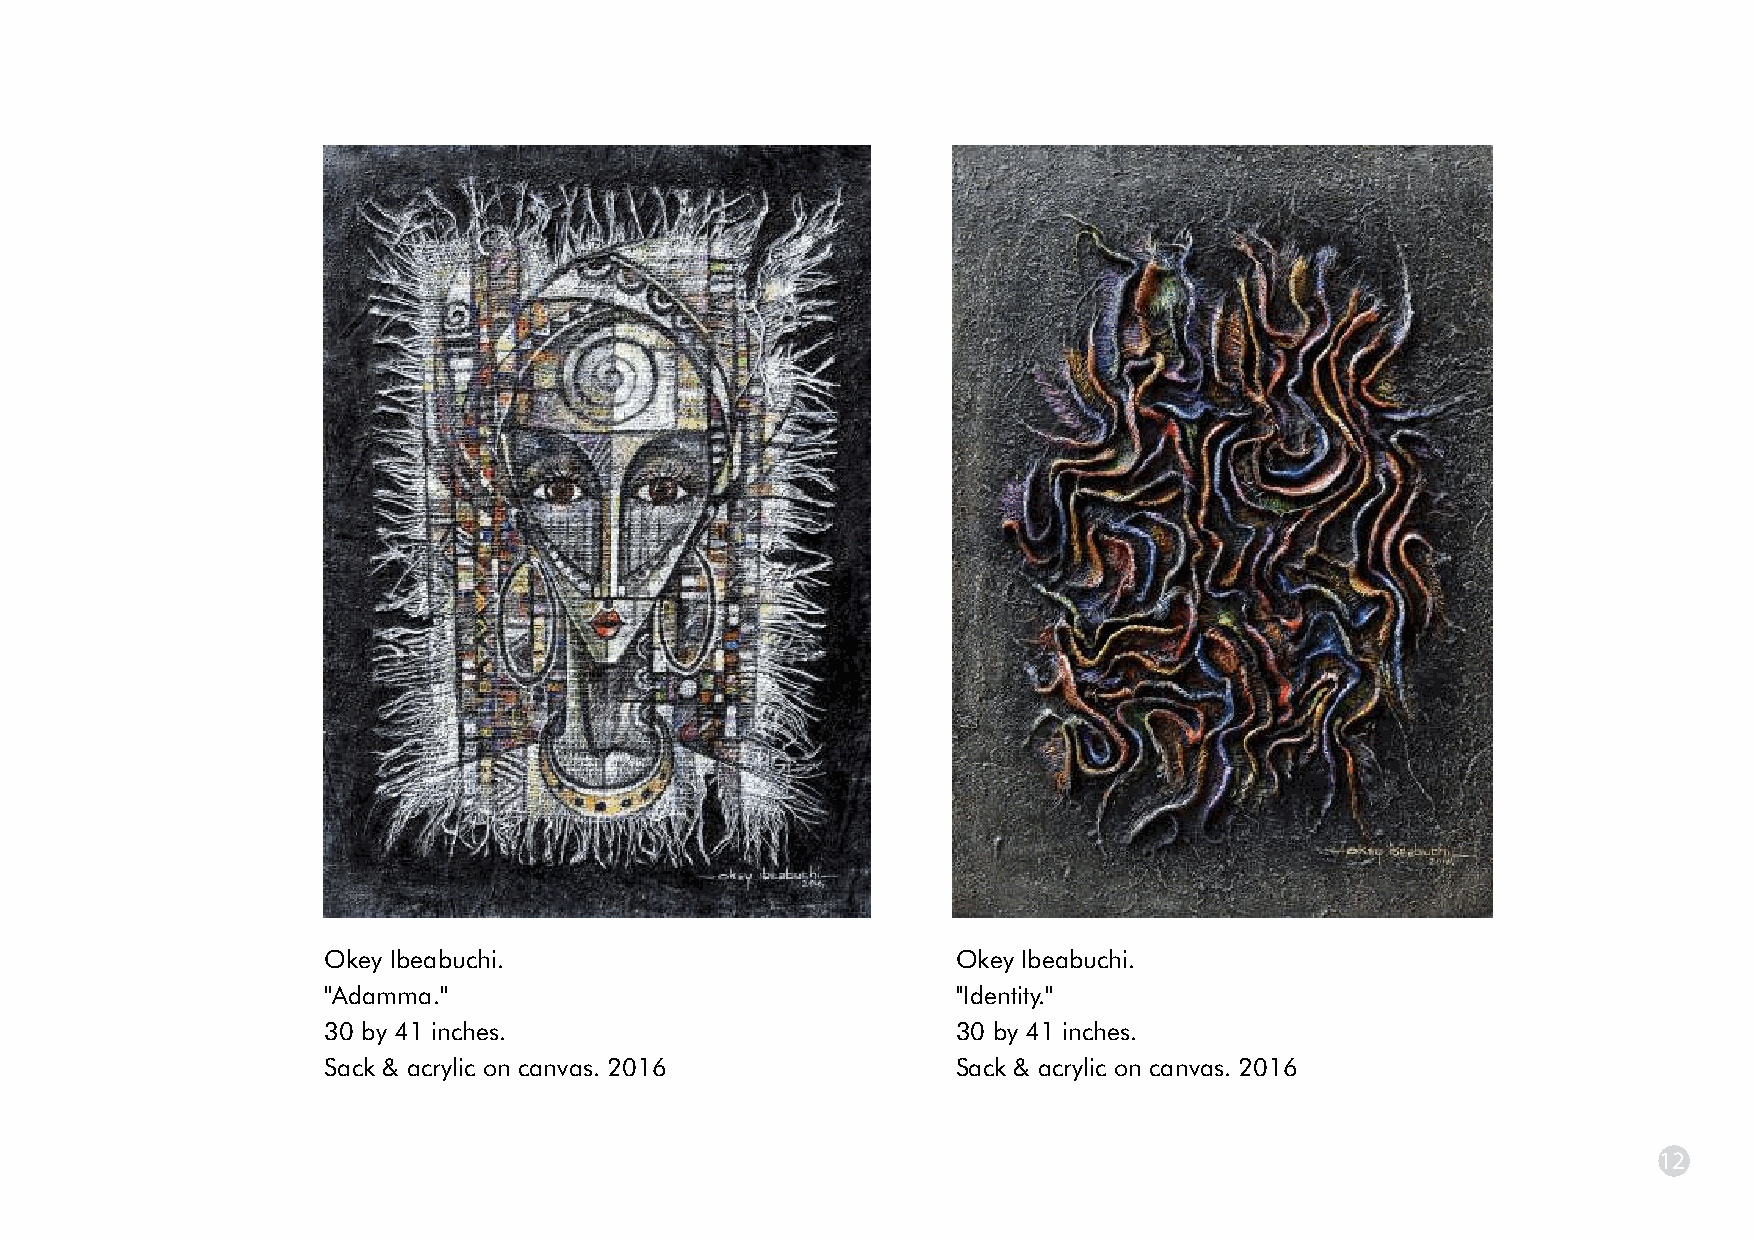
On the broader sphere is every individual's constant struggle symbolic painting done in vertical bars placed in simultaneous
 against other differing opinions and contending voices. fashion, it reminds one of the earlier works of Anatsui and
 Perhaps a case is being made for a steadfast definition of one's validates the artist's claim to the older artist as one of his great
 ideas, ideals and goals in the face of these constantly abrasive inspirations. This work comes as an unusually bright variation
 social features. Individuality is a fundamental right that should of Okey's pieces, as it deals with symbols of Igbo traditional
 be upheld by any individual of considerable self worth. It is a wall paintings and motifs. There is also a slight reference to
 phenomenon only debated in unusual social climes. fabric and oor mats as part of the perks of a new decorative
 symbol of success and achievement.
 The predominantly abstract painting, Impact, also contains
 symbols and shapes easily identifiable with African formalistic We Must go Someday II carries a very powerful message on
 traditions. The entire message of the work speaks differently different human phenomena including migration, pursuit of
 though, in a manner suggesting a meeting point of various greener pastures, xenophobia and, of course, mortality.
 contending forces. In the middle is a less chaotic, more serene Irrespective of our desires to mix and relate with each other,
 ambiance, like that found within a room where negotiations there is always the self-other reality that constantly militates
 are taking place, while the contending forces outside, whom against a smooth transition into multicultural bliss.
 the indoor participants are representing, continue to make their
 The drummers pictured in this art piece are on their way home
 impact felt through unsettling activity, be it demonstrations, or
 after a day's adventure playing for their audience for the
 even violent protests.
 earnings that would accrue. The excitement is palpable, the
 When Heaven Smiles takes us to the metaphysical. Heaven audience is trilled, and of course the trill gets to the drummers
 (which is primarily a spiritual Eldorado) is brought to bear on a too who reciprocate with even more dexterity in their beats. But
 Okey Ibeabuchi.                           Okey Ibeabuchi.
 reality, or an experience replete with rewards and positive then there comes a time when the hands and limbs get tired, the
 ''Adamma.''                               ''Identity.''
 outcome. Many times, such a phrase comes as a response to audience gets weary, the songs get played out. The only thing
 30 by 41 inches.                          30 by 41 inches.
 years of toil and hard work. This is primarily a canvas painting facing the musicians and their audience is a retirement to their
 Sack & acrylic on canvas. 2016            Sack & acrylic on canvas. 2016
 primed with a mix of wood filings to give a textured finish. A abodes. It is a moment of mixed feelings. An eventual release
 11                                                                                                            12